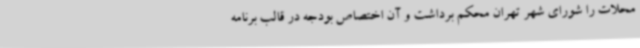
محلات را شورای شهر تهران محکم برداشت و آن اختصاص بودجه در قالب برنامه